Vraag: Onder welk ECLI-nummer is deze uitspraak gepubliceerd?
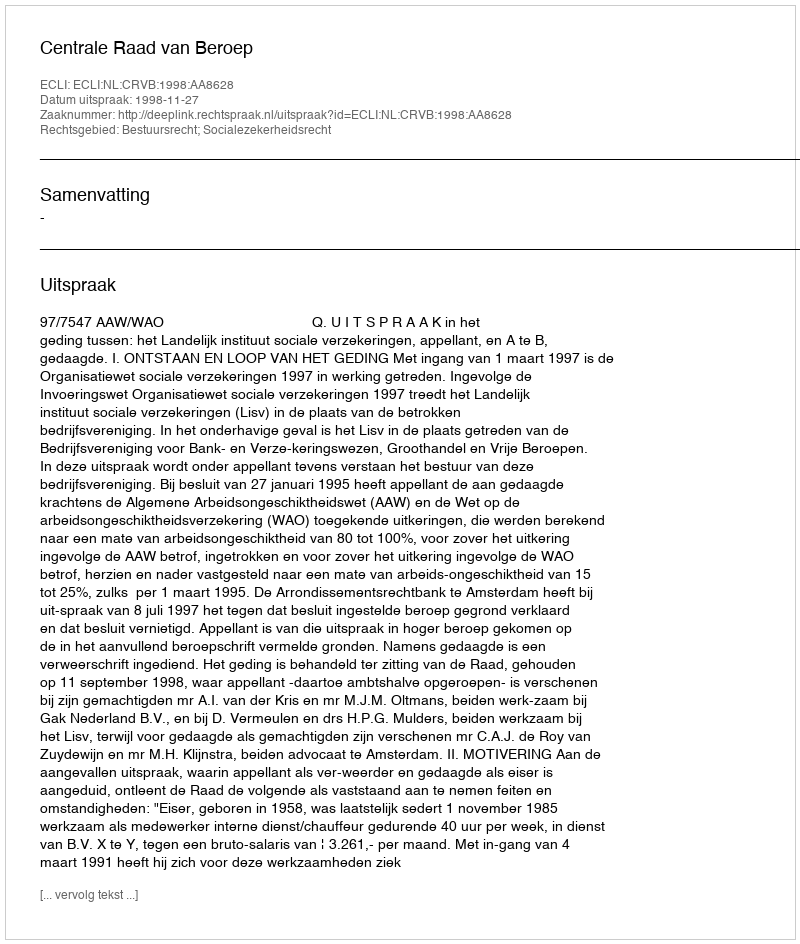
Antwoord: ECLI:NL:CRVB:1998:AA8628